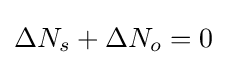
\Delta N_{s}+\Delta N_{o}=0